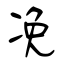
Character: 凂